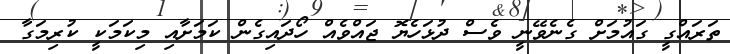
ތަރައްގީ ގައުމަށް ގެނެވޭނީ ވެސް ދުޅަހެޔޮ ޖައްވެއް ހޯދައިގެން ކަމަށާއި މިކަމަކީ ކުރިމަގާ